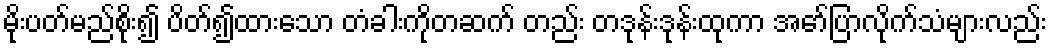
မိုးပတ်မည်စိုး၍ ပိတ်၍ထားသော တံခါးကိုတဆက် တည်း တဒုန်းဒုန်းထုကာ အော်ပြာလိုက်သံများလည်း